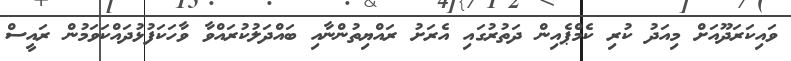
ވައިކަރަދޫއަށް މިއަދު ކުރި ކެމްޕެއިން ދަތުރުގައި އެރަށު ރައްޔިތުންނާއި ބައްދަލުކުރައްވާ ވާހަކަފުޅުދައްކަވަމުން ރައީސް